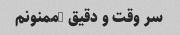
سر وقت و دقیق …ممنونم